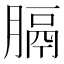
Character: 膈